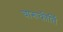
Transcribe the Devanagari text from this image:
चारूकीर्ति